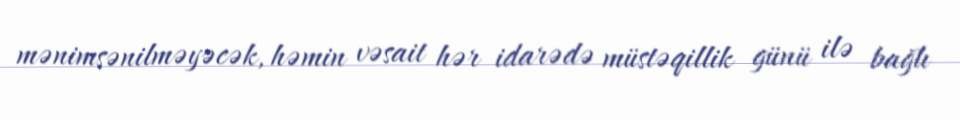
mənimsənilməyəcək, həmin vəsait hər idarədə müstəqillik günü ilə bağlı